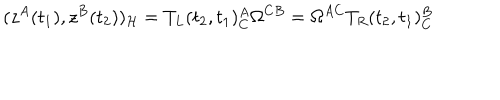
( z ^ { A } ( t _ { 1 } ) , z ^ { B } ( t _ { 2 } ) ) _ { \cal H } = T _ { L } ( t _ { 2 } , t _ { 1 } ) _ { C } ^ { A } \Omega ^ { C B } = \Omega ^ { A C } T _ { R } ( t _ { 2 } , t _ { 1 } ) _ { C } ^ { B }